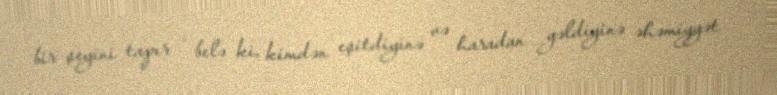
bir şeyini tapır - belə ki, kimdən eşitdiyinə və haradan gəldiyinə əhəmiyyət